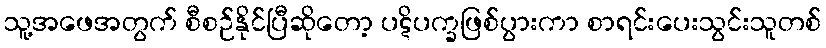
သူ့အဖေအတွက် စီစဉ်နိုင်ပြီဆိုတော့ ပဋိပက္ခဖြစ်ပွားကာ စာရင်းပေးသွင်းသူတစ်